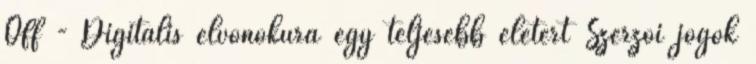
Off - Digitális elvonókúra egy teljesebb életért Szerzői jogok